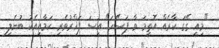
"މިއީ ގޭގަ ކާރެއް އޮތީމަ ވާ ފަސޭހަ" އީސަ ފަޚްރުވެރި ކަމާއިއެކު ބުނެލި